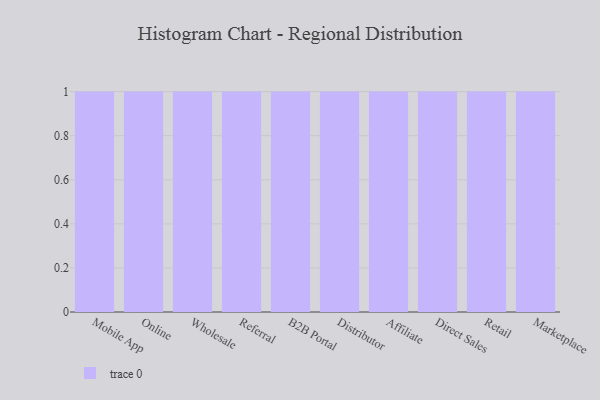
{"axis": {"x": "Channel", "y": "Backlog"}, "legend": [""], "data": [{"x": "Mobile App", "y": 49, "type": ""}, {"x": "Online", "y": 1, "type": ""}, {"x": "Wholesale", "y": 65, "type": ""}, {"x": "Referral", "y": 13, "type": ""}, {"x": "B2B Portal", "y": 53, "type": ""}, {"x": "Distributor", "y": 74, "type": ""}, {"x": "Affiliate", "y": 88, "type": ""}, {"x": "Direct Sales", "y": 58, "type": ""}, {"x": "Retail", "y": 47, "type": ""}, {"x": "Marketplace", "y": 8, "type": ""}]}